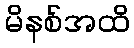
မိနစ်အထိ